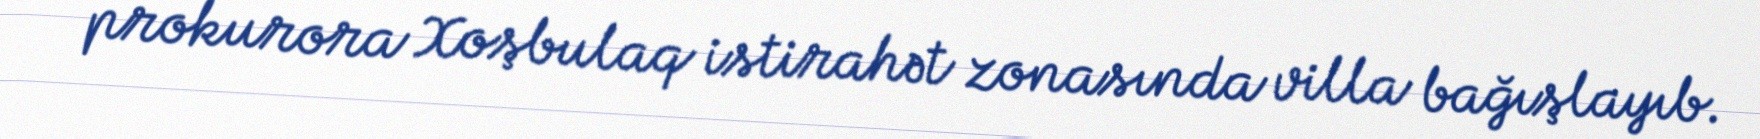
prokurora Xoşbulaq istirahət zonasında villa bağışlayıb.